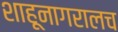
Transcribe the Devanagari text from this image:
शाहूनागरालच